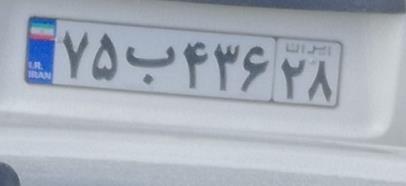
۷۵ب۴۳۶۲۸